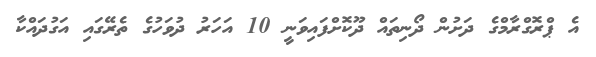
އެ ޕްރޮގްރާމްގެ ދަށުން ދޯނިތައް ދޫކޮށްފައިވަނީ 10 އަހަރު ދުވަހުގެ ތެރޭގައި އަގުދައްކާ